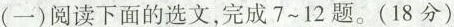
(一)阅读下面的选文，完成7~12题。(18分)